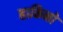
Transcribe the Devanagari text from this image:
हाकिनो